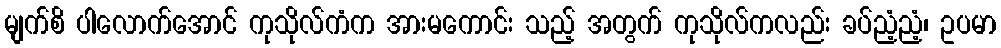
မျက်စိ ပါလောက်အောင် ကုသိုလ်ကံက အားမကောင်း သည့် အတွက် ကုသိုလ်ကလည်း ခပ်ညံ့ညံ့၊ ဥပမာ